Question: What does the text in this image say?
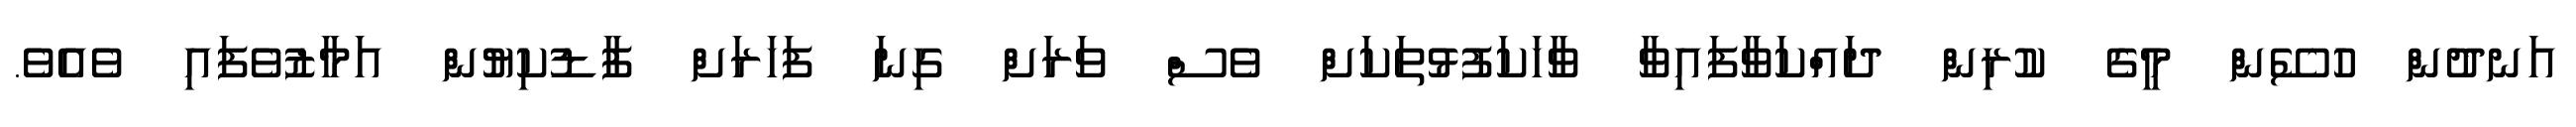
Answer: އަނދުން ހުސޭން މީގެ ކުރިން ދައްކަވާފައިވާ ވާހަކަފުޅުތަކަށް ވެސް ވަރަށް ގިނަ ފަހަރަށް ފާޑުކިޔުން އަމާޒުވެފައި ވެއެވެ.